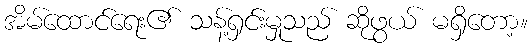
အိမ်ထောင်ရေး၏ သန့်ရှင်းမှုသည် ဆိုဖွယ် မရှိတော့။